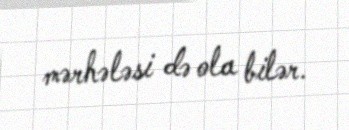
mərhələsi də ola bilər.